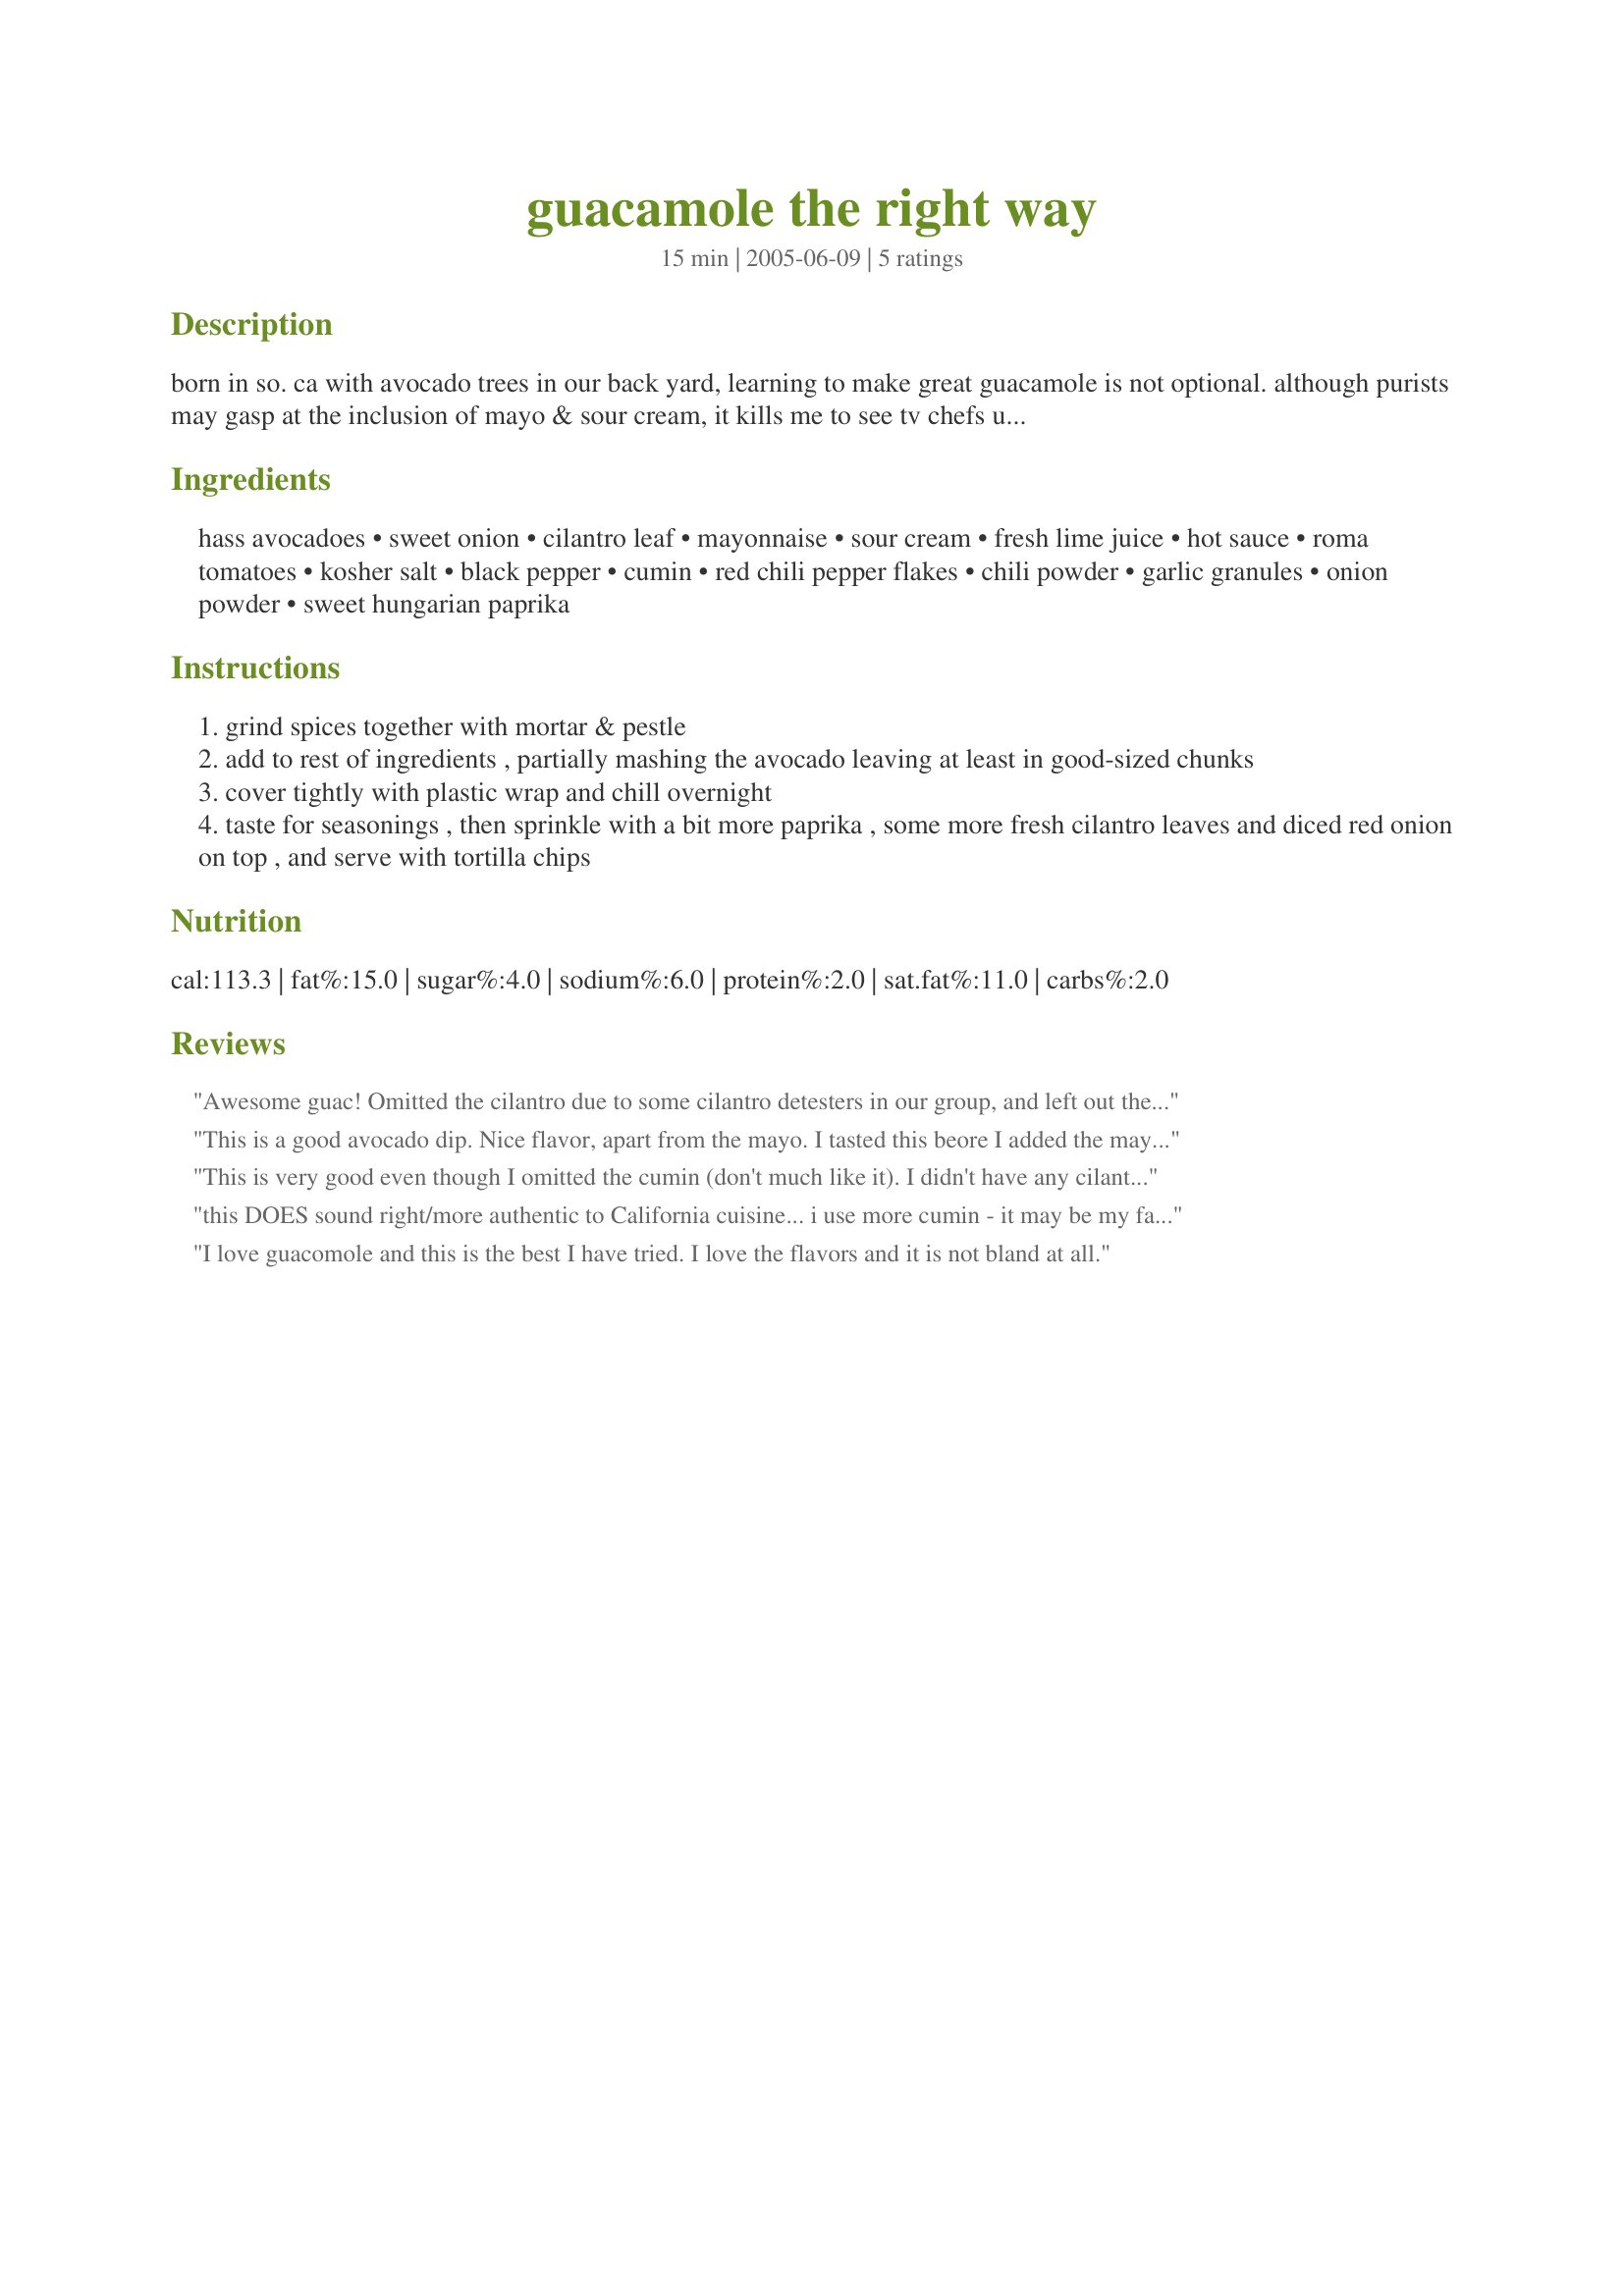
guacamole the right way
Preparation time: 15 minutes

born in so. ca with avocado trees in our back yard, learning to make great guacamole is not optional. although purists may gasp at the inclusion of mayo & sour cream, it kills me to see tv chefs use lemon instead of lime. do try this fabulous guac (pronounced like "walk") recipe using big, ripe haas, and watch it literally dissapear!

Ingredients:
hass avocadoes, sweet onion, cilantro leaf, mayonnaise, sour cream, fresh lime juice, hot sauce, roma tomatoes, kosher salt, black pepper, cumin, red chili pepper flakes, chili powder, garlic granules, onion powder, sweet hungarian paprika

Steps:
grind spices together with mortar & pestle
add to rest of ingredients , partially mashing the avocado leaving at least in good-sized chunks
cover tightly with plastic wrap and chill overnight
taste for seasonings , then sprinkle with a bit more paprika , some more fresh cilantro leaves and diced red onion on top , and serve with tortilla chips

Reviews:
Awesome guac! Omitted the cilantro due to some cilantro detesters in our group, and left out the red chili flakes. Used lemon juice and it worked just fine to our taste. Rich depth of flavor. One correction: Don't think this would serve 18 guacamole lovers!
This is a good avocado dip. Nice flavor, apart from the mayo. I tasted this beore I added the mayo, and I was sorry I did, because it was better without it. It overpowers. Next time...
This is very good even though I omitted the cumin (don't much like it). I didn't have any cilantro either so also left that out. I used minced garlic rather than the granules. Thanks for sharing.
this DOES sound right/more authentic to California cuisine...

i use more cumin - it may be my favorite spice...

and have used oregano since i'm not a big fan of cilantro...
I love guacomole and this is the best I have tried. I love the flavors and it is not bland at all.
